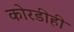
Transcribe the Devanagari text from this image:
कोरडीही